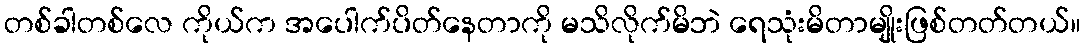
တစ်ခါတစ်လေ ကိုယ်က အပေါက်ပိတ်နေတာကို မသိလိုက်မိဘဲ ရေသုံးမိတာမျိုးဖြစ်တတ်တယ်။